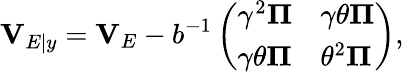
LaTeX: \mathbf{V}_{E|y}=\mathbf{V}_{E}-b^{-1}\left(\begin{array}{ll}{\gamma^{2}\boldsymbol{\Pi}}&{\gamma\theta\boldsymbol{\Pi}}\\ {\gamma\theta\boldsymbol{\Pi}}&{\theta^{2}\boldsymbol{\Pi}}\end{array}\right),